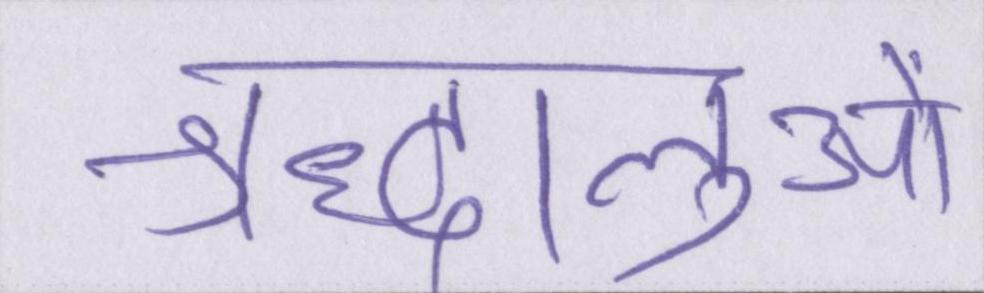
श्रद्धालुओं